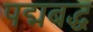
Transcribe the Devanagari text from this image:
पद्मबद्ध